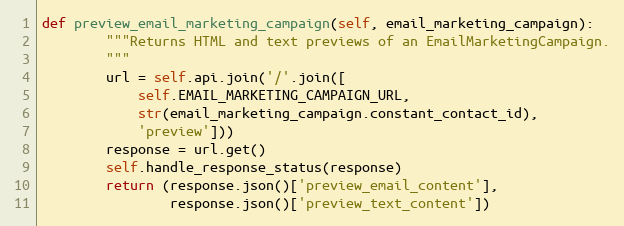
Language: Python
def preview_email_marketing_campaign(self, email_marketing_campaign):
        """Returns HTML and text previews of an EmailMarketingCampaign.
        """
        url = self.api.join('/'.join([
            self.EMAIL_MARKETING_CAMPAIGN_URL,
            str(email_marketing_campaign.constant_contact_id),
            'preview']))
        response = url.get()
        self.handle_response_status(response)
        return (response.json()['preview_email_content'],
                response.json()['preview_text_content'])